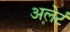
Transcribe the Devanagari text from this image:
अलेर्ट